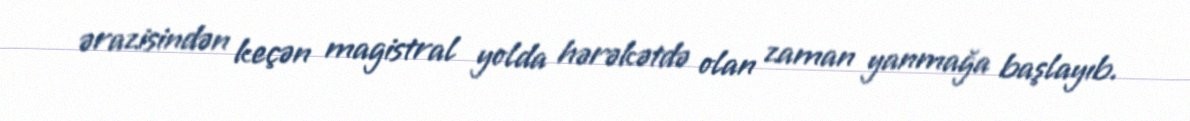
ərazisindən keçən magistral yolda hərəkətdə olan zaman yanmağa başlayıb.